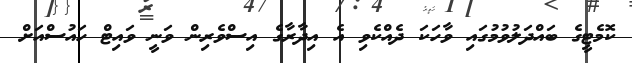
ކޮމެޓީގެ ބައްދަލުވުމުގައި ވާހަކަ ދެއްކެވި އެ އިދާރާގެ އިސްވެރިން ވަނީ ވައިޓް ހައުސްއަށް